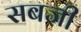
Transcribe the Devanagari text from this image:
सबजी